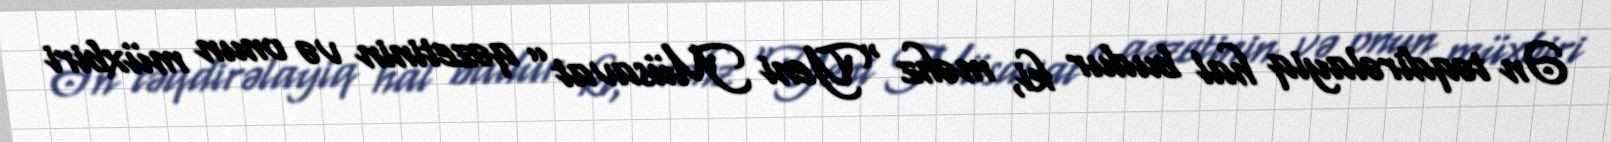
Ən təqdirəlayiq hal budur ki, məhz “Yeni Müsavat” qəzetinin və onun müxbiri